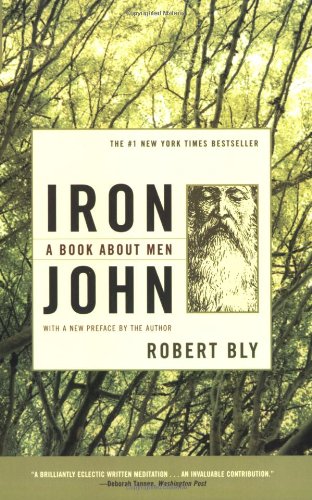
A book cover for Iron John: A Book About Men; Robert Bly; Politics & Social Sciences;